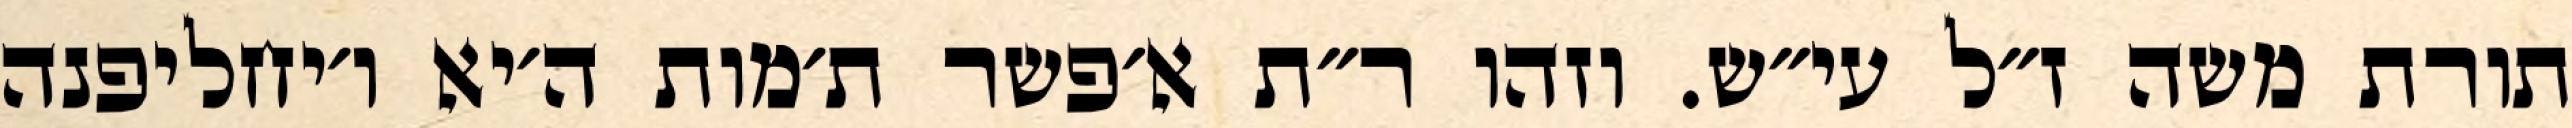
תורת משה ז״ל עי״ש. וזהו ר״ת א׳פשר ת׳מות ה׳יא ו׳יחליפנה